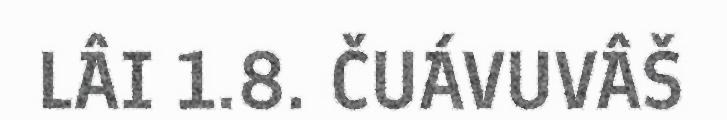
LÂI 1.8. ČUÁVUVÂŠ